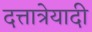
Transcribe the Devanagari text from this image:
दत्तात्रेयादी